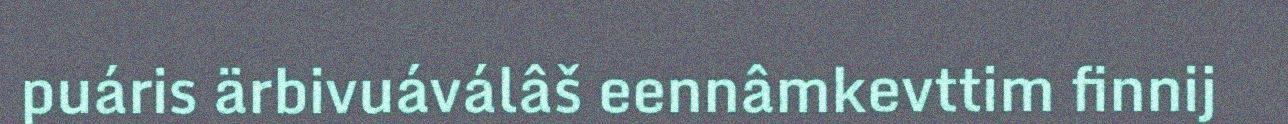
puáris ärbivuáválâš eennâmkevttim finnij